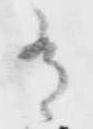
有